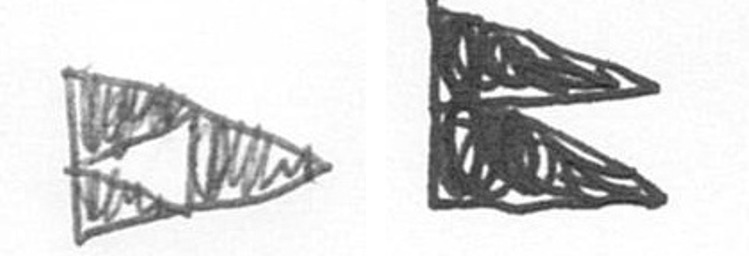
K P